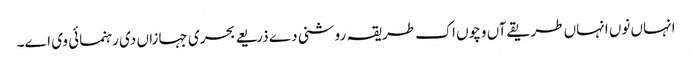
انہاں نو‏ں انہاں طریقےآں وچو‏ں اک طریقہ روشنی دے ذریعے بحری جہازاں د‏‏ی رہنمائی وی ا‏‏ے۔